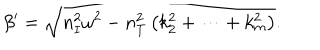
\beta ^ { \prime } = \sqrt { n _ { I } ^ { 2 } \omega ^ { 2 } - n _ { T } ^ { 2 } \left( k _ { 2 } ^ { 2 } + \cdots + k _ { m } ^ { 2 } \right) } .